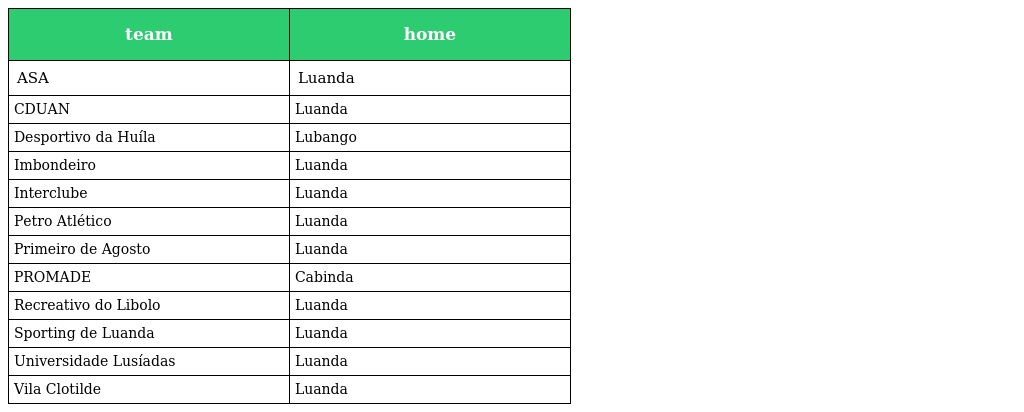
| team | home |
 | --- | --- |
 | ASA | Luanda |
 | CDUAN | Luanda |
 | Desportivo da Huíla | Lubango |
 | Imbondeiro | Luanda |
 | Interclube | Luanda |
 | Petro Atlético | Luanda |
 | Primeiro de Agosto | Luanda |
 | PROMADE | Cabinda |
 | Recreativo do Libolo | Luanda |
 | Sporting de Luanda | Luanda |
 | Universidade Lusíadas | Luanda |
 | Vila Clotilde | Luanda |